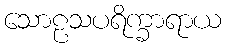
သောဠသပရိက္ခာရာယ